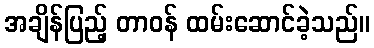
အချိန်ပြည့် တာဝန် ထမ်းဆောင်ခဲ့သည်။